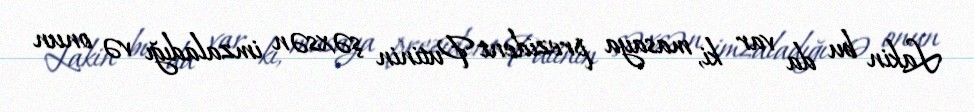
Lakin bu da var ki, masaya prezident Putinin şəxsən imzaladığı və onun